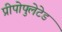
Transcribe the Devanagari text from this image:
प्रीपोपुलेटेड